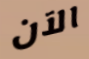
الآن